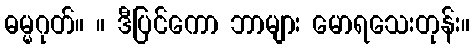
ဓမ္မဂုတ်။ ။ ဒီပြင်ကော ဘာများ မောရသေးတုန်း။